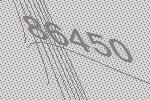
86450